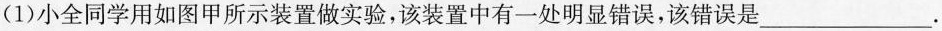
(1)小全同学用如图甲所示装置做实验，该装置中有一处明显错误，该错误是___.